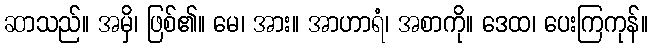
ဆာသည်။ အမှိ၊ ဖြစ်၏။ မေ၊ အား။ အာဟာရံ၊ အစာကို။ ဒေထ၊ ပေးကြကုန်။